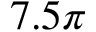
7 . 5 \pi